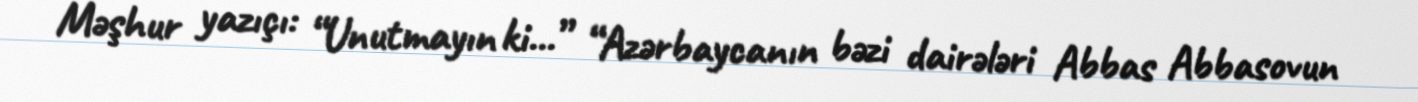
Məşhur yazıçı: “Unutmayın ki...” “Azərbaycanın bəzi dairələri Abbas Abbasovun